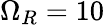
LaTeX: \Omega_{R}=10